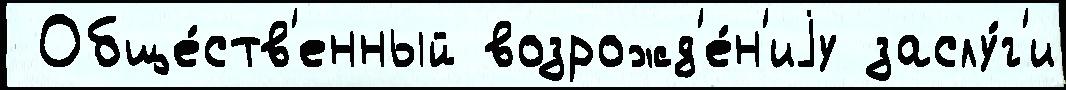
 Обще́ств'енный возрожд'е́н'иjу заслу́г'и